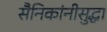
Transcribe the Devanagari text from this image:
सैनिकांनीसुद्धा